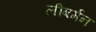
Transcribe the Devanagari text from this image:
लीबर्मन